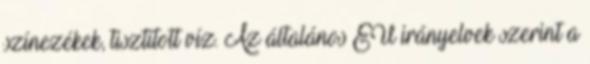
színezékek, tisztított víz. Az általános EU irányelvek szerint a